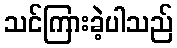
သင်ကြားခဲ့ပါသည်